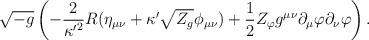
LaTeX: \begin{align*}\sqrt{-g}\left(-{2\over {\kappa^\prime}^2}R(\eta_{\mu\nu}+\kappa^\prime \sqrt {Z_g}\phi_{\mu\nu})+{1\over 2}Z_\varphi g^{\mu\nu}\partial_\mu \varphi\partial_\nu \varphi\right).\end{align*}